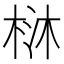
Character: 𣒑